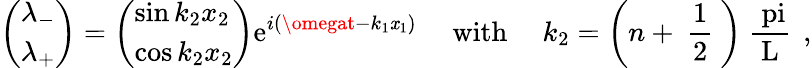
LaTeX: \left(\begin{array}{l}{{\lambda_{-}}}\\ {{\lambda_{+}}}\end{array}\right)=\left(\begin{array}{l}{{\sin k_{2}x_{2}}}\\ {{\cos k_{2}x_{2}}}\end{array}\right)\mathrm{e}^{i(\omegat-k_{1}\mathit{x}_{1})}\ \ \ \ \ \mathrm{{with}}\ \ \ \ \ k_{2}=\left(n+\mathrm{{~\frac{{1}}{{2}}~}}\right)\mathrm{{~\frac{{\ pi}}{{L}}~}}\, ,